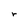
Character: r